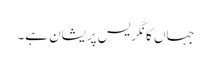
جہاں کانگریس پریشان ہے۔